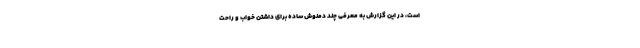
است، در این گزارش به معرفی چند دمنوش ساده برای داشتن خواب و راحت